Document type: Sale
Year: 1355
Scribe: Pere Borrell
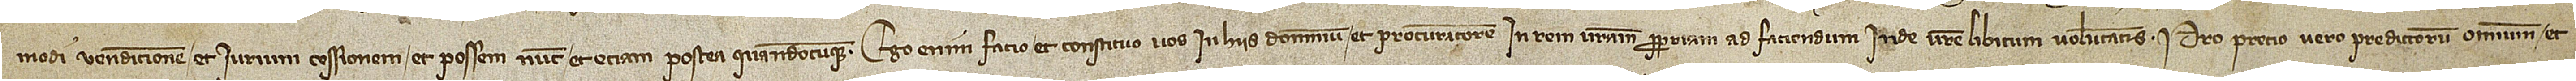
modi venditionem et iurium cessionem et possem nunc et etiam postea quandocumque. Ego enim facio et constituo vos in hiis dominum et procuratorem in rem vestram propriam ad faciendum inde vestre libitum voluntatis. Pro precio vero predictorum omnium et